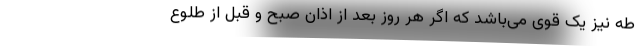
طه نیز یک قوی می‌باشد که اگر هر روز بعد از اذان صبح و قبل از طلوع